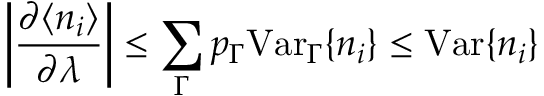
\left| \frac { \partial \langle n _ { i } \rangle } { \partial \lambda } \right| \le \sum _ { \Gamma } p _ { \Gamma } \mathrm { V a r } _ { \Gamma } \{ n _ { i } \} \le \mathrm { V a r } \{ n _ { i } \}